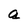
Character: a